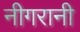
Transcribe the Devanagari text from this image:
नीगरानी